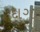
દાગા